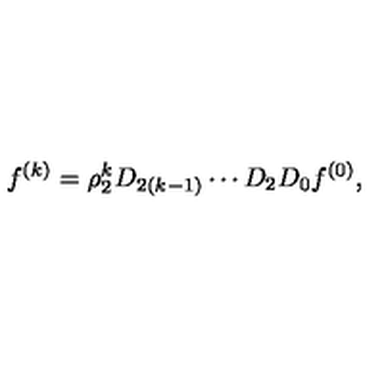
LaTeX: f ^ { ( k ) } = \rho _ { 2 } ^ { k } D _ { 2 ( k - 1 ) } \cdots D _ { 2 } D _ { 0 } f ^ { ( 0 ) } ,